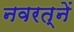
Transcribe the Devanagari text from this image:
नवरत्नें